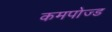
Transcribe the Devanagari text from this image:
कमपोज्ड